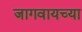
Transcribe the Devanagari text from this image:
जागवायच्या